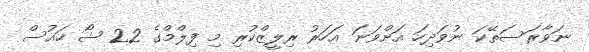
ނަވާރަސަތޭކަ ނުވަދިހަ އަށްވަނަ އަހަރު ރިލީޒްކުރި މި ފިލްމްގެ 22 ޝޯ ހައުސް